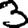
Digit: 3